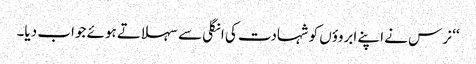
‘‘ نرس نے اپنے ابروؤں کو شہادت کی انگلی سے سہلاتے ہوئے جواب دیا۔